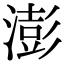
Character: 澎